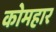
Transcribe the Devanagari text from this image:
कोमहार